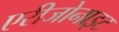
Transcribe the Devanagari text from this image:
एरीजोनाइट